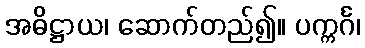
အဓိဋ္ဌာယ၊ ဆောက်တည်၍။ ပက္ကင်္ဂ၊